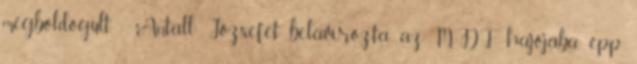
megboldogult - Antall Józsefet be­la­vírozta az MDF ha­jójába, épp